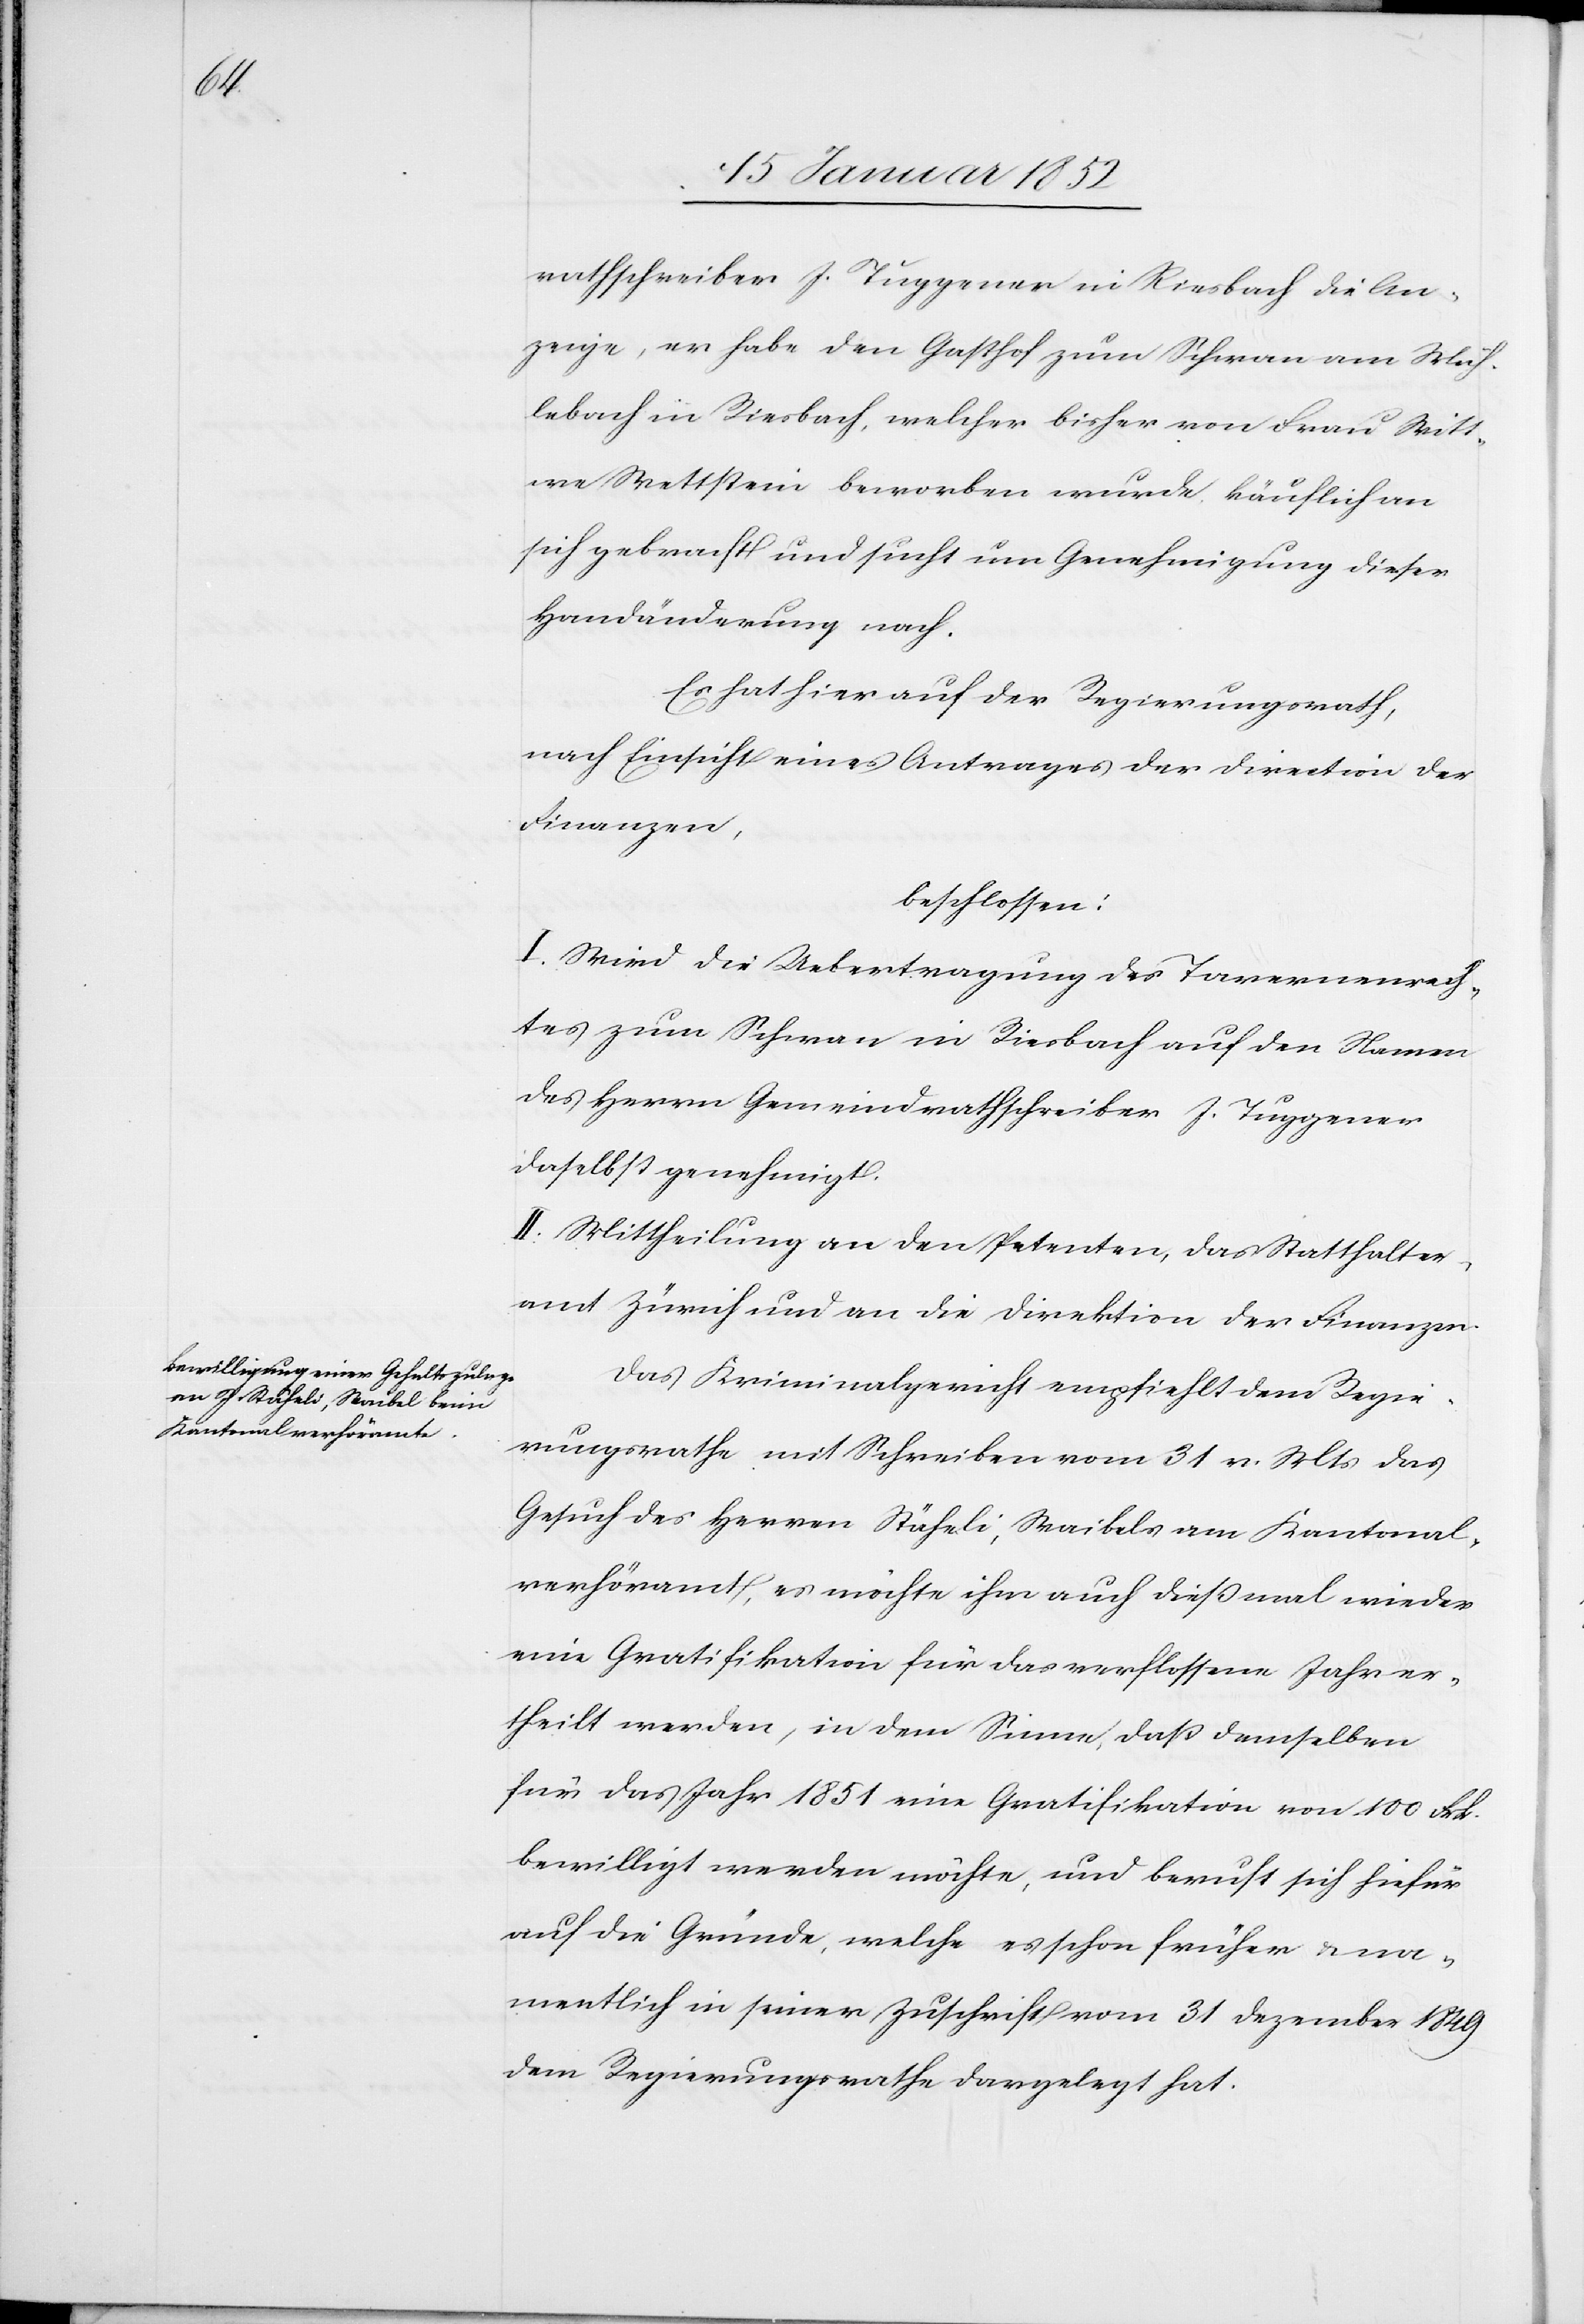
Witt¬

von
rathschreiber J. Tuggener in Riesbach, wel¬
we Wettstein beworben wurde käuflich an
sich gebracht und sucht um Genehmigung dieser
Handänderung nach.
Es hat hier auf der Regierungsrath,
nach Einsicht eines Antrages der Direction der
Finanzen,
beschlossen:
I. Wird die Uebertragung des Tavernenrech¬
tes zum Schwan in Riesbach auf den Namen
des Herrn Gemeindrathschreiber J. Tuggener
daselbst genehmigt.
II. Mittheilung an den Petenten, das Statthalter¬
amt Zürich und an die Direktion der Finanzen.
Das Kriminalgericht empfiehlt dem Regie¬
rungsrathe mit Schreiben vom 31 v. Mts das
Gesuch des Herrn Stäheli, Waibels am Kantonal¬
verhöramt, es möchte ihm auch dießmal wieder
eine Gratifikation für das verflossene Jahr er¬
theilt werden, in dem Sinne, daß demselben
für das Jahr 1851 eine Gratifikation von 100 Frk.
bewilligt werden möchte, und beruft sich hiefür
auf die Gründe, welche es schon früher u. na¬
mentlich in seiner Zuschrift vom 31 Dezember 1849
dem Regierungsrathe dargelegt hat.